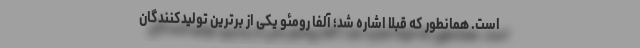
است. همانطور که قبلا اشاره شد؛ آلفا رومئو یکی از برترین تولیدکنندگان